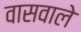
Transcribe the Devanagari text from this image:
वासवाले